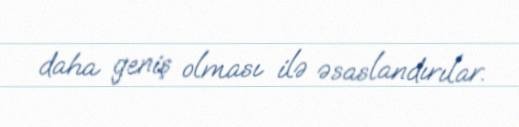
daha geniş olması ilə əsaslandırılar.